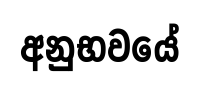
අනුභවයේ